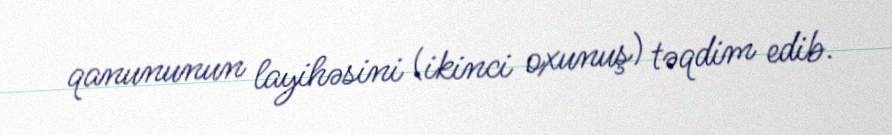
qanununun layihəsini (ikinci oxunuş) təqdim edib.